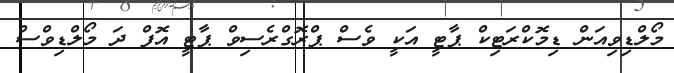
މޯލްޑިވިއަން ޑިމޮކްރަޓިކް ޕާޓީ އަކީ ވެސް ޕްރޮގްރެސިވް ޕާޓީ އޮފް ދަ މޯލްޑިވްސް